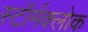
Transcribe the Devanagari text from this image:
स्टॉर्मक्लोक